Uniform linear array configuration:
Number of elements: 12
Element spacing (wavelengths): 0.5
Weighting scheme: blackman
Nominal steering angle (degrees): -30
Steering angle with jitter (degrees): -31.505
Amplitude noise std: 0.05
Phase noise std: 0.05

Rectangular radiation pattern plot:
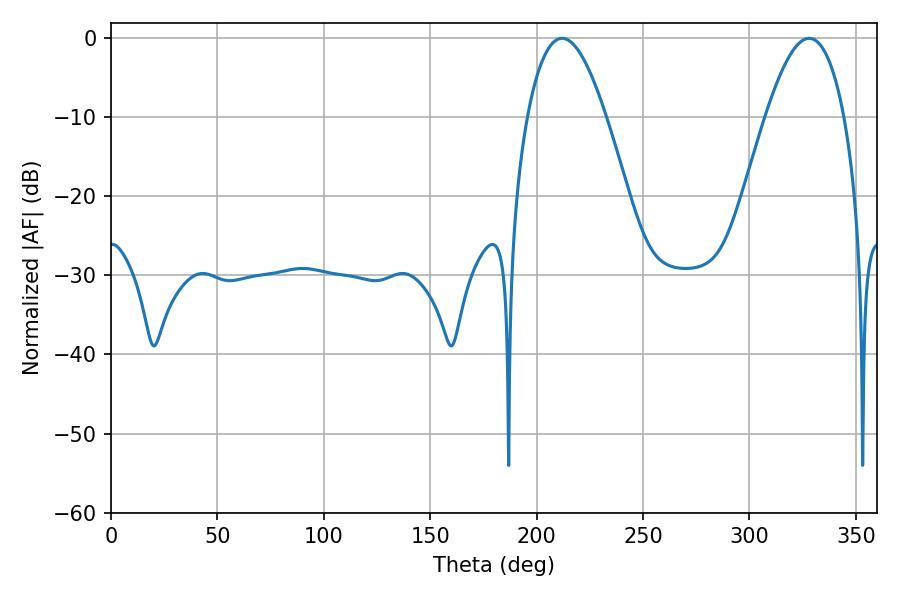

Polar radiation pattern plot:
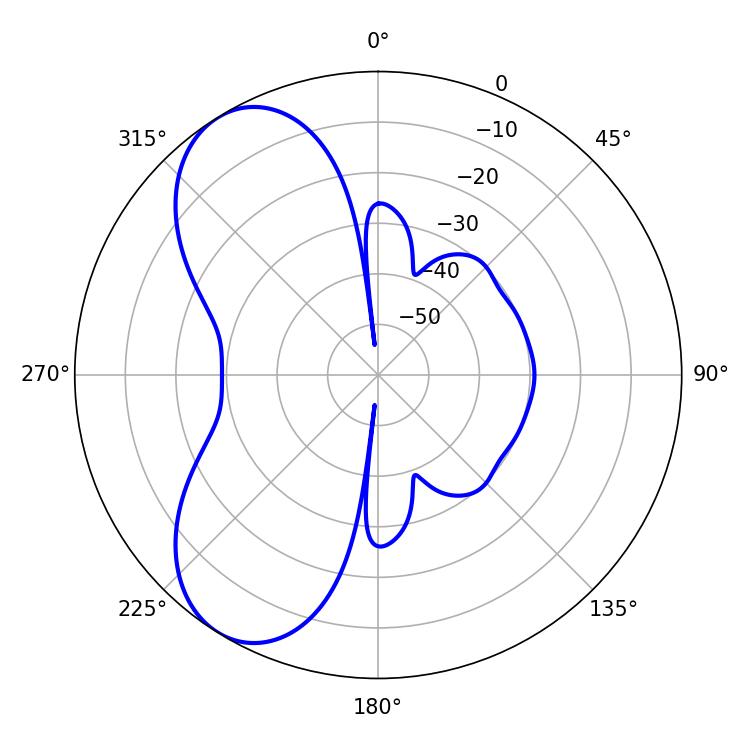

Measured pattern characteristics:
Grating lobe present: FALSE
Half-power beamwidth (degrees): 20.16
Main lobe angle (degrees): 211.86